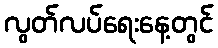
လွတ်လပ်ရေးနေ့တွင်